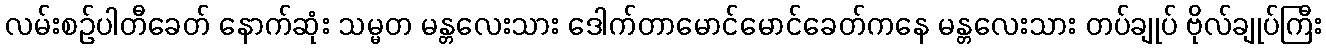
လမ်းစဉ်ပါတီခေတ် နောက်ဆုံး သမ္မတ မန္တလေးသား ဒေါက်တာမောင်မောင်ခေတ်ကနေ မန္တလေးသား တပ်ချုပ် ဗိုလ်ချုပ်ကြီး